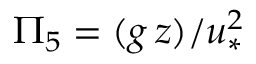
\Pi _ { 5 } = ( g \, z ) / u _ { * } ^ { 2 }